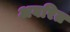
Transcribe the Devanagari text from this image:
अवरित